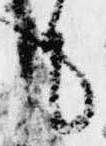
に